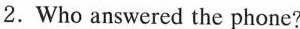
2.Who answered the phone?